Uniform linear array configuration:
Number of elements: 12
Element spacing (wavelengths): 0.25
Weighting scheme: exponential
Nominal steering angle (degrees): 0
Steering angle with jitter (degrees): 1.827
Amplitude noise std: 0.05
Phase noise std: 0.05

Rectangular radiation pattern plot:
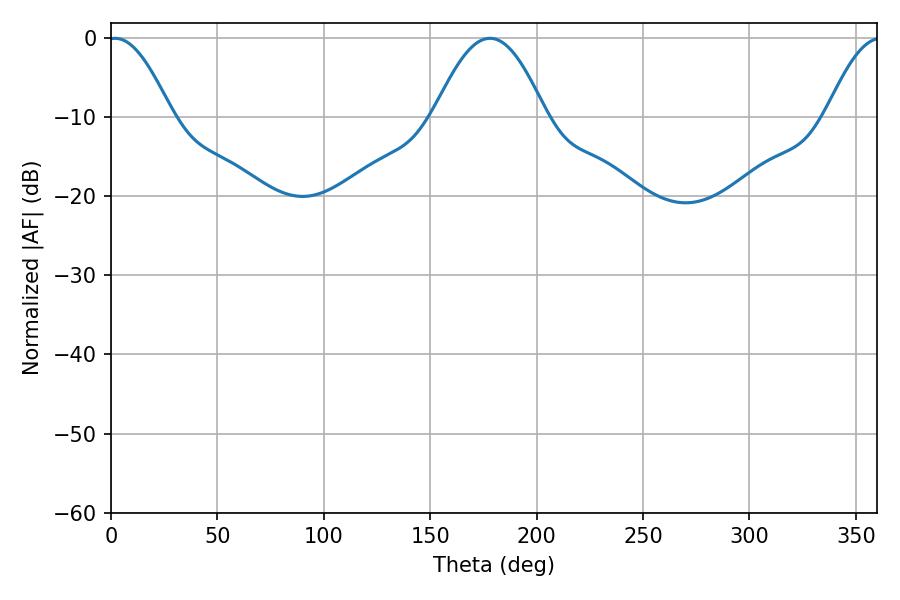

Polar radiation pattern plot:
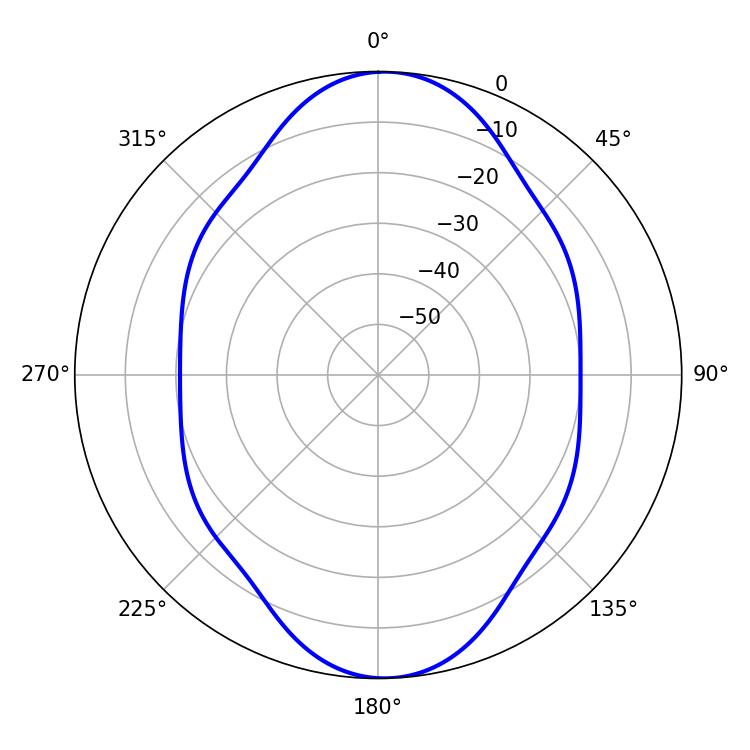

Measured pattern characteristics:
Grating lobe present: FALSE
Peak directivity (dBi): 16.957
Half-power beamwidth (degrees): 16.2
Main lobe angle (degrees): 1.98